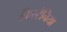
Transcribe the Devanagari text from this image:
क्रिस्टैनिया